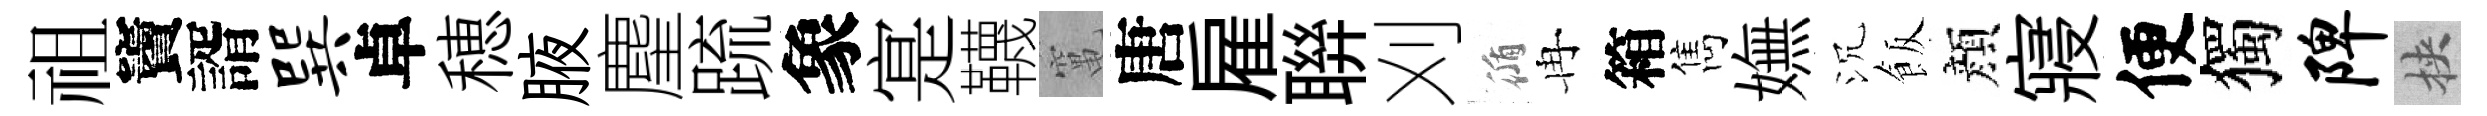
祖竇諝巽卓穂腋麈䟽象寔韈𥧄唐雇聨刈循冉箱雋嫵沉飯顔寢便獨陴挾